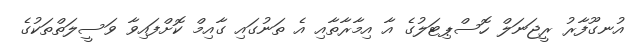
އުނގޫފާރު ރީޖަނަލް ހޮސްޕިޓަލުގެ އާ އިމާރާތާއި އެ ތަނުގައި ގާއިމް ކޮށްފައިވާ ވަސީލަތްތަކުގެ